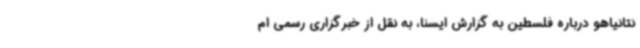
نتانیاهو درباره فلسطین به گزارش ایسنا، به نقل از خبرگزاری رسمی ام